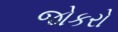
જોકરો